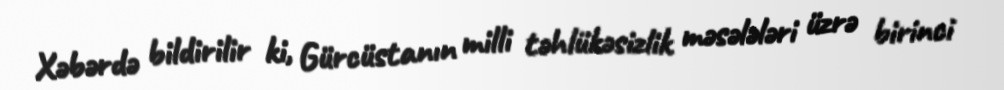
Xəbərdə bildirilir ki, Gürcüstanın milli təhlükəsizlik məsələləri üzrə birinci